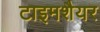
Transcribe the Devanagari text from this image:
टाइमशैयर